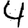
Digit: 4